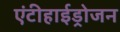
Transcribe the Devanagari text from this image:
एंटीहाईड्रोजन